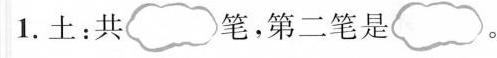
1.土：共笔，第二笔是 。